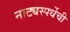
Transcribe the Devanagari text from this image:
नाट्यस्पर्धेची